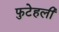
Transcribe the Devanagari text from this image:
फुटेहली